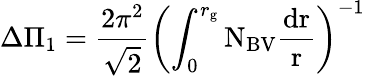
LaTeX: \Delta\Pi_{1}=\frac{2\pi^{2}}{\sqrt 2}\left(\int_{0}^{r_{\mathrm{g}}}\mathrm{N_{\mathrm{BV}}\frac{dr}{r}}\right)^{-1}